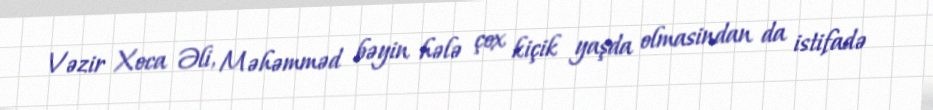
Vəzir Xoca Əli, Məhəmməd bəyin hələ çox kiçik yaşda olmasindan da istifadə